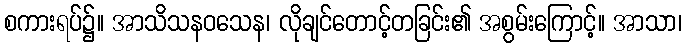
စကားရပ်၌။ အာသိသနဝသေန၊ လိုချင်တောင့်တခြင်း၏ အစွမ်းကြောင့်။ အာသာ၊